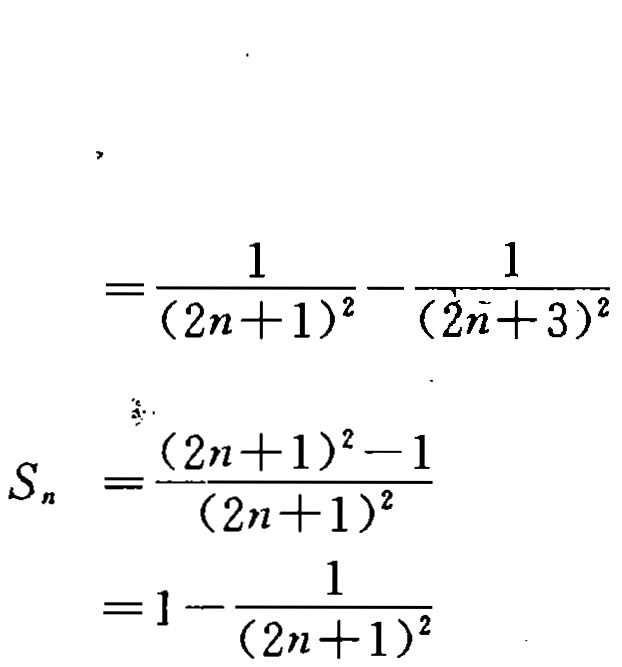
\[
\begin{align*}
&=\frac{1}{(2n + 1)^2}-\frac{1}{(2n + 3)^2}\\
S_n&=\frac{(2n + 1)^2-1}{(2n + 1)^2}\\
&=1-\frac{1}{(2n + 1)^2}
\end{align*}
\]